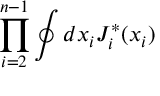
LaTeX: \prod _ { i = 2 } ^ { n - 1 } \oint d x _ { i } J _ { i } ^ { * } ( x _ { i } )